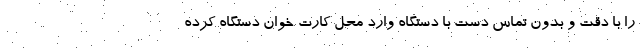
را با دقت و بدون تماس دست با دستگاه وارد محل کارت خوان دستگاه کرده